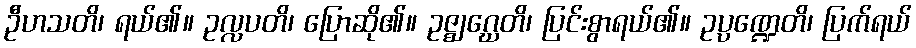
ဦဟသတိ၊ ရယ်၏။ ဥလ္လပတိ၊ ပြောဆို၏။ ဥဇ္ဈဂ္ဃေတိ၊ ပြင်းစွာရယ်၏။ ဥပ္ပဏ္ဍေတိ၊ ပြက်ရယ်